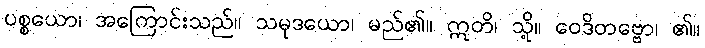
ပစ္စယော၊ အကြောင်းသည်။ သမုဒယော၊ မည်၏။ ဣတိ၊ သို့။ ဝေဒိတဗ္ဗော၊ ၏။